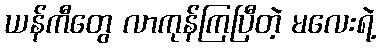
ယန်ကီတွေ လာကုန်ကြပြီတဲ့ မလေးရဲ့